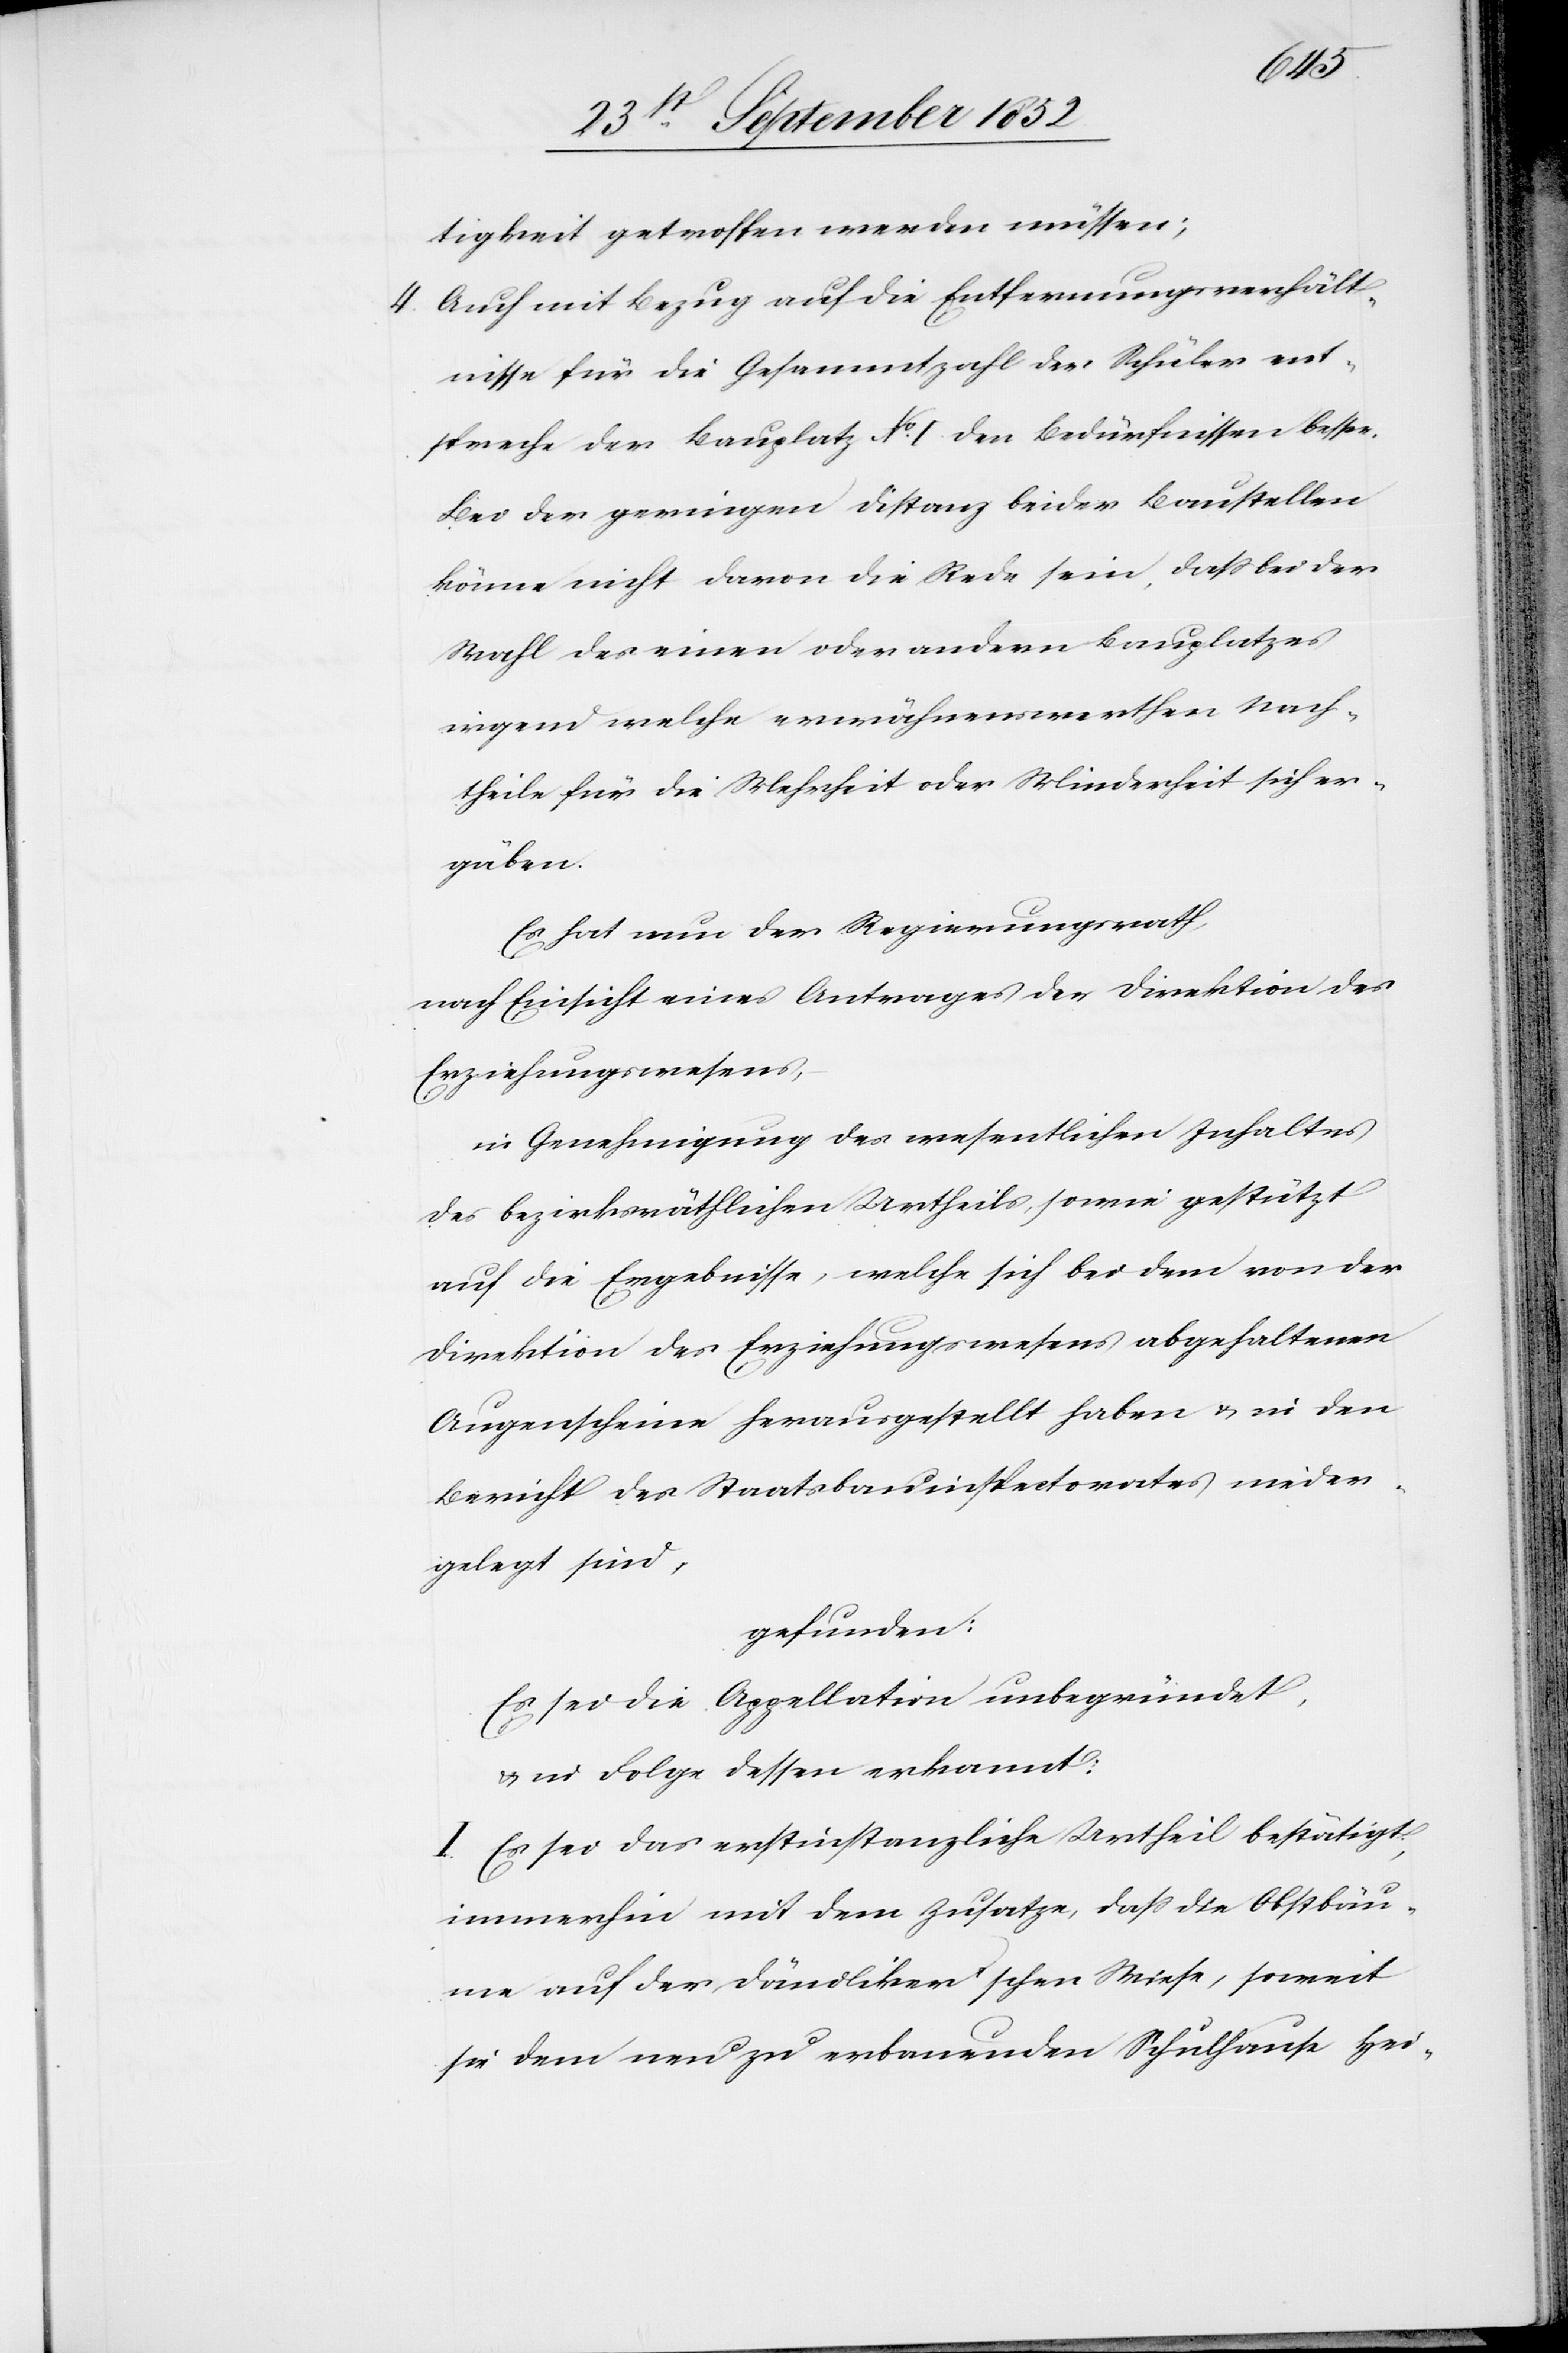
tigkeit getroffen werden müssen;
Auch mit Bezug auf die Entfernungsverhält¬
nisse für die Gesammtzahl der Schüler ent¬
spreche der Bauplatz No. I den Bedürfnissen besser.
Bei der geringen Distanz beider Baustellen
könne nicht davon die Rede sein, dass bei der
Wahl des einen oder andern Bauplatzes
irgend welche erwähnenswerthen Nach¬
theile für die Mehrheit oder Minderheit sich er¬
gäben.
Es hat nun der Regierungsrath,
nach Einsicht eines Antrages der Direktion des
Erziehungswesens,
in Genehmigung des wesentlichen Inhaltes
des bezirksräthlichen Urtheils, sowie gestützt
auf die Ergebnisse, welche sich bei dem von der
Direktion des Erziehungswesens abgehaltenen
Augenscheine herausgestellt haben & in den
Bericht des Staatsbauinspectorates nieder¬
gelegt sind,
gefunden:
Es sei die Appellation unbegründet,
in Folge dessen erkannt:
I. Es sei das erstinstanzliche Urtheil bestätigt,
immerhin mit dem Zusatze, dass die Obstbäu¬
me auf der Dändliker’schen Wiese, soweit
sie dem neu zu erbauenden Schulhause Hei-